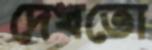
দেখতো